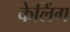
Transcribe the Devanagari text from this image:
केलिंग